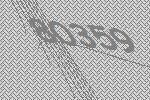
80359